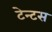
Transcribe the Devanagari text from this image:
टेन्टस